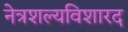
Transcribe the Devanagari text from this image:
नेत्रशल्यविशारद